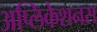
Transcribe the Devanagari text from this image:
अप्लिकेशनस